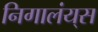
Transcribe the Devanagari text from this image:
निगालंय्‌स